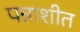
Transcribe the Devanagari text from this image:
पन्नाशीत